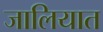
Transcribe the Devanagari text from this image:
जालियात